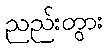
ညည်းတွား